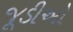
જૂડીઓ